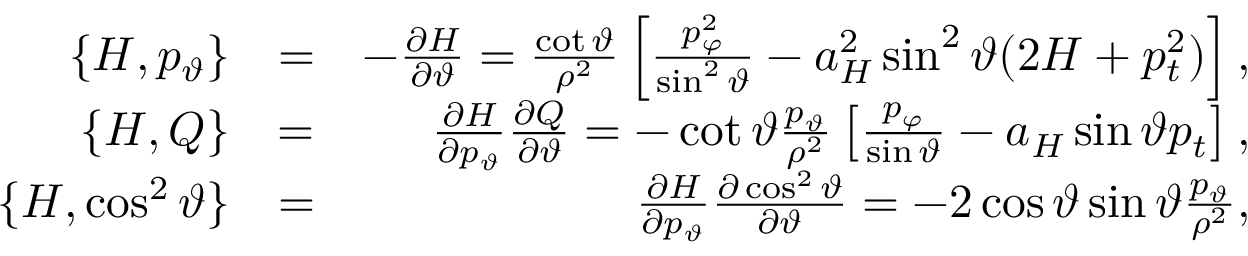
\begin{array} { r l r } { \{ H , p _ { \vartheta } \} } & { = } & { - \frac { \partial H } { \partial \vartheta } = \frac { \cot \vartheta } { \rho ^ { 2 } } \left[ \frac { p _ { \varphi } ^ { 2 } } { \sin ^ { 2 } \vartheta } - a _ { H } ^ { 2 } \sin ^ { 2 } \vartheta ( 2 H + p _ { t } ^ { 2 } ) \right] , } \\ { \{ H , Q \} } & { = } & { \frac { \partial H } { \partial p _ { \vartheta } } \frac { \partial Q } { \partial \vartheta } = - \cot \vartheta \frac { p _ { \vartheta } } { \rho ^ { 2 } } \left[ \frac { p _ { \varphi } } { \sin \vartheta } - a _ { H } \sin \vartheta p _ { t } \right] , } \\ { \{ H , \cos ^ { 2 } \vartheta \} } & { = } & { \frac { \partial H } { \partial p _ { \vartheta } } \frac { \partial \cos ^ { 2 } \vartheta } { \partial \vartheta } = - 2 \cos \vartheta \sin \vartheta \frac { p _ { \vartheta } } { \rho ^ { 2 } } , } \end{array}